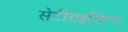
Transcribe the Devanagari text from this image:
सेटीराइज़िन्ग